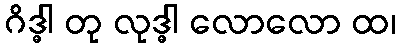
ဂိဒ္ဓါ တု လုဒ္ဓါ လောလော ထ၊